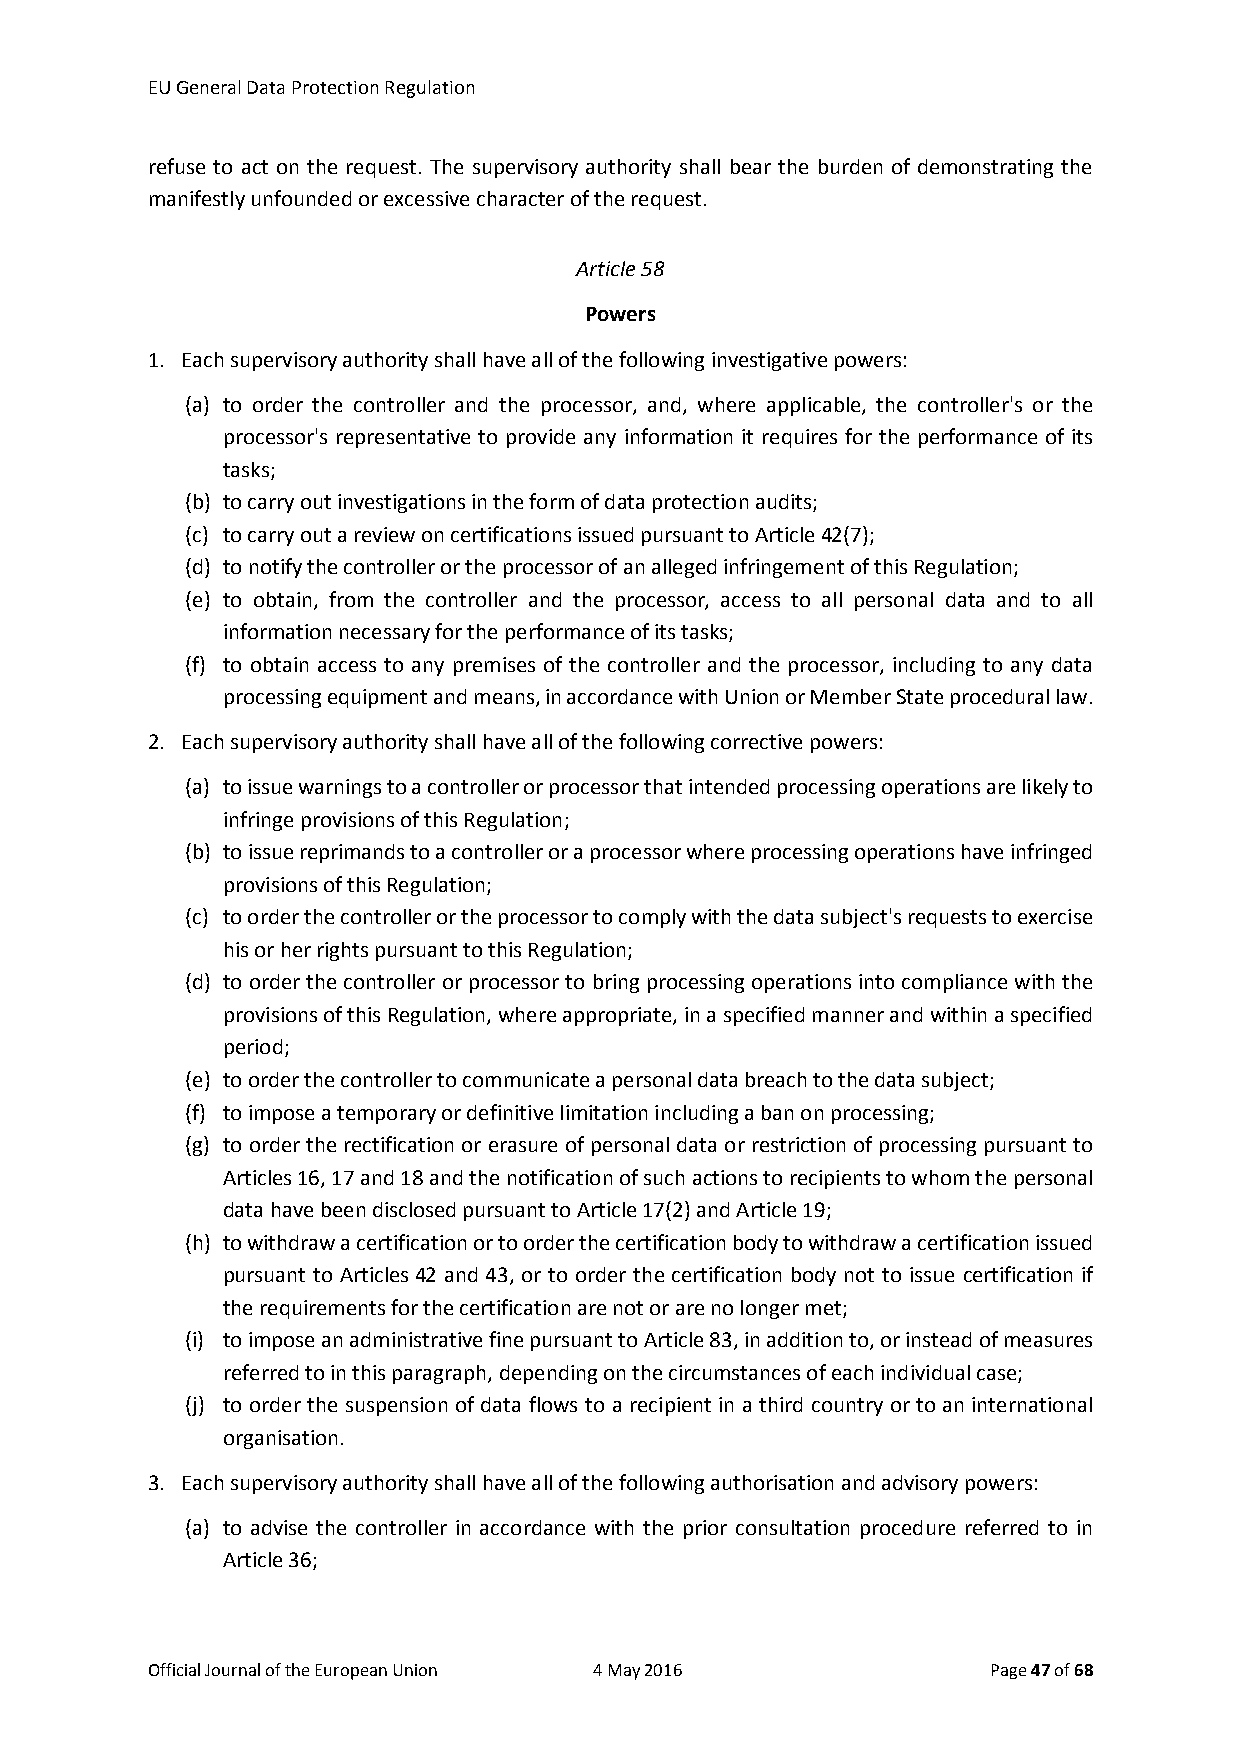
EU General Data Protection Regulation
 refuse to act on the request. The supervisory authority shall bear the burden of demonstrating the
 manifestly unfounded or excessive character of the request.
 Article 58
 Powers
 1. Each supervisory authority shall have all of the following investigative powers:
 (a) to order the controller and the processor, and, where applicable, the controller's or the
 processor's representative to provide any information it requires for the performance of its
 tasks;
 (b) to carry out investigations in the form of data protection audits;
 (c) to carry out a review on certifications issued pursuant to Article 42(7);
 (d) to notify the controller or the processor of an alleged infringement of this Regulation;
 (e) to obtain, from the controller and the processor, access to all personal data and to all
 information necessary for the performance of its tasks;
 (f) to obtain access to any premises of the controller and the processor, including to any data
 processing equipment and means, in accordance with Union or Member State procedural law.
 2. Each supervisory authority shall have all of the following corrective powers:
 (a) to issue warnings to a controller or processor that intended processing operations are likely to
 infringe provisions of this Regulation;
 (b) to issue reprimands to a controller or a processor where processing operations have infringed
 provisions of this Regulation;
 (c) to order the controller or the processor to comply with the data subject's requests to exercise
 his or her rights pursuant to this Regulation;
 (d) to order the controller or processor to bring processing operations into compliance with the
 provisions of this Regulation, where appropriate, in a specified manner and within a specified
 period;
 (e) to order the controller to communicate a personal data breach to the data subject;
 (f) to impose a temporary or definitive limitation including a ban on processing;
 (g) to order the rectification or erasure of personal data or restriction of processing pursuant to
 Articles 16, 17 and 18 and the notification of such actions to recipients to whom the personal
 data have been disclosed pursuant to Article 17(2) and Article 19;
 (h) to withdraw a certification or to order the certification body to withdraw a certification issued
 pursuant to Articles 42 and 43, or to order the certification body not to issue certification if
 the requirements for the certification are not or are no longer met;
 (i) to impose an administrative fine pursuant to Article 83, in addition to, or instead of measures
 referred to in this paragraph, depending on the circumstances of each individual case;
 (j) to order the suspension of data flows to a recipient in a third country or to an international
 organisation.
 3. Each supervisory authority shall have all of the following authorisation and advisory powers:
 (a) to advise the controller in accordance with the prior consultation procedure referred to in
 Article 36;
 Official Journal of the European Union 4 May 2016       Page 47 of 68